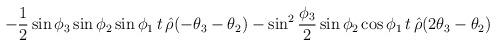
LaTeX: \begin{align*}\!\!\!\!\!\!\!\!\!\! -{1\over 2}\sin{\phi_3}\sin{\phi_2} \sin{\phi_1}\, t\,\hat{\rho}(-\theta_3-\theta_2) - \sin^2{\phi_3\over 2}\sin{\phi_2}\cos{\phi_1}\, t\,\hat{\rho} (2\theta_3 -\theta_2)\end{align*}